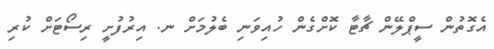
އެގޮތުން ސީޕްލޭން ޗާޓާ ކޮށްގެން ހުއިވަނި ބެލުމަށް ނ. އިރުފުށީ ރިސޯޓަށް ކުރި